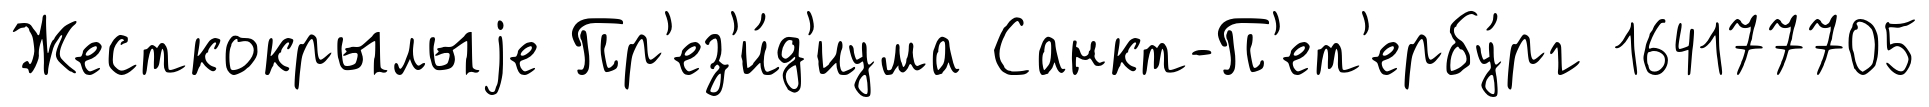
Жесткокрылыjе Пр'ез'и́д'иума Санкт-П'ет'ербу́рг 164177705